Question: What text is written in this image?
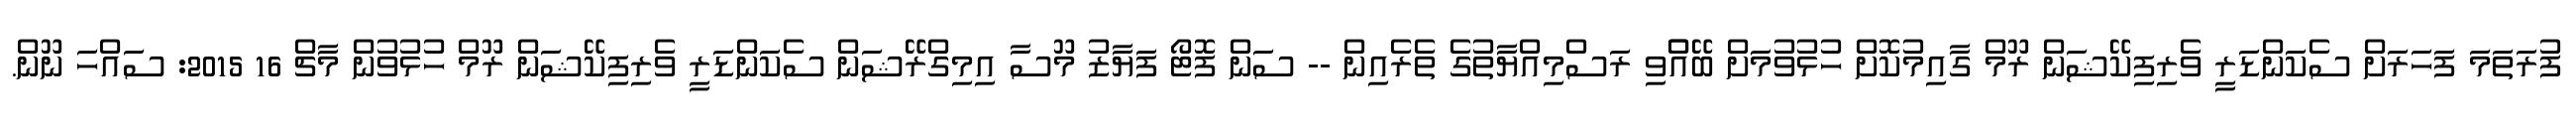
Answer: ފުރަތަމަ ފަހަރަށް ސެކަންޑަރީ ވެރިފިކޭޝަން ރޫމް ގާއިމުކޮށް ހުޅުވުމަށް ބޭއްްވި ރަސްމިއްޔާތުގެ ތެރެއިން -- ސަން ފޮޓޯ ފަޔާޒު މޫސާ އިމިގްރޭޝަން ސެކަންޑަރީ ވެރިފިކޭޝަން ރޫމް ހުޅުވުން މާޗް 16 2015: ސައްހަ ނޫން.